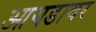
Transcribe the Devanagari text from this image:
आयडावर